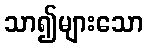
သာ၍များသော